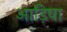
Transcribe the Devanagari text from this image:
आड़िषा